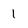
Character: 1